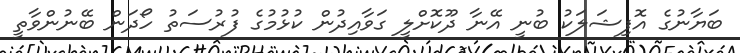
ބަޔާނުގެ އޮފިޝަލަކު ބުނީ އޭނާ ދޫކޮށްލީ ގަވާއިދުން ކުޅުމުގެ ފުރުސަތު ހޯދަން ބޭނުންވާތީ